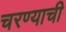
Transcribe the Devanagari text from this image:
चरण्याची